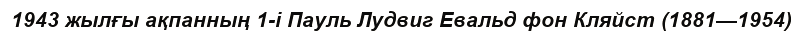
1943 жылғы ақпанның 1-і Пауль Лудвиг Евальд фон Кляйст (1881—1954)